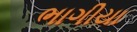
ભાગીયા